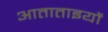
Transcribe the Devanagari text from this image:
आताताइयों